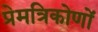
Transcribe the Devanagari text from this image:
प्रेमत्रिकोणों